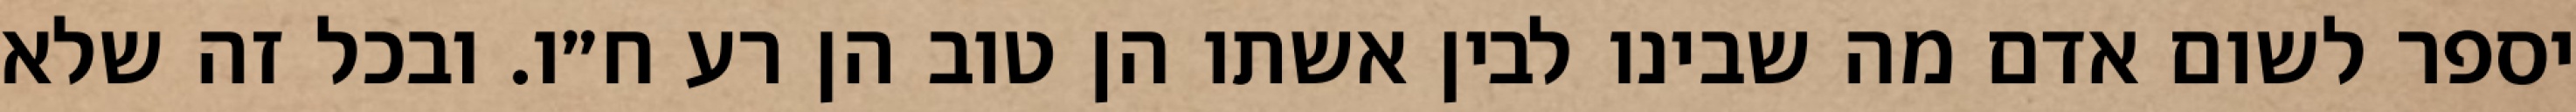
יספר לשום אדם מה שבינו לבין אשתו הן טוב הן רע ח״ו. ובכל זה שלא